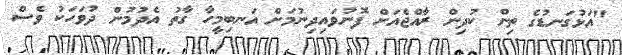
"އަޅުގަނޑުގެ ތިން ކުދިން ރާއްޖެއަށް ފޮނުވައިދިނުމަށް އަނބިމީހާ ގާތު އެދުމުން ދުވަހަކު ވެސް